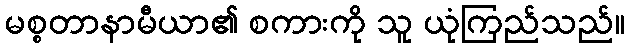
မစ္စတာနာမီယာ၏ စကားကို သူ ယုံကြည်သည်။